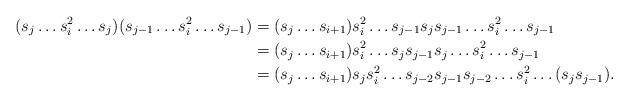
LaTeX: \begin{align*}(s_{j} \hdots s^{2}_{i}\hdots s_{j})(s_{j-1} \hdots s^{2}_{i}\hdots s_{j-1})&=(s_{j} \hdots s_{i+1})s^{2}_{i}\hdots s_{j-1}s_{j}s_{j-1} \hdots s^{2}_{i}\hdots s_{j-1}\\&=(s_{j} \hdots s_{i+1})s^{2}_{i}\hdots s_{j}s_{j-1}s_{j} \hdots s^{2}_{i}\hdots s_{j-1}\\&=(s_{j} \hdots s_{i+1})s_{j}s^{2}_{i}\hdots s_{j-2}s_{j-1}s_{j-2} \hdots s^{2}_{i}\hdots (s_{j}s_{j-1}).\end{align*}